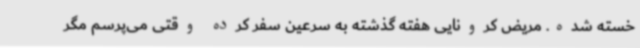
خسته شده. مریض کرونایی هفته گذشته به سرعین سفر کرده وقتی می‌پرسم مگر